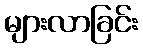
များလာခြင်း